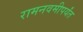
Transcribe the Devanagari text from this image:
रामनवमीपर्यंत